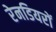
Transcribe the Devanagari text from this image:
रेनडियरों